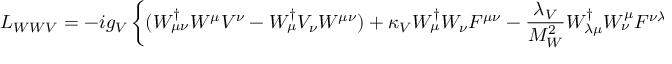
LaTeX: { \cal L } _ { W W V } = - i g _ { V } \left\{ { ( W _ { \mu \nu } ^ { \dagger } W ^ { \mu } V ^ { \nu } - W _ { \mu } ^ { \dagger } V _ { \nu } W ^ { \mu \nu } ) + \kappa _ { V } W _ { \mu } ^ { \dagger } W _ { \nu } F ^ { \mu \nu } - { \frac { \lambda _ { V } } { M _ { W } ^ { 2 } } } W _ { \lambda \mu } ^ { \dagger } W _ { \nu } ^ { \mu } F ^ { \nu \lambda } } \right\}